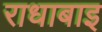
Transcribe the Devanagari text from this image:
राधाबाइ